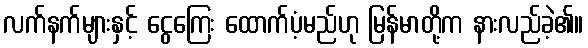
လက်နက်များနှင့် ငွေကြေး ထောက်ပံ့မည်ဟု မြန်မာတို့က နားလည်ခဲ့၏။